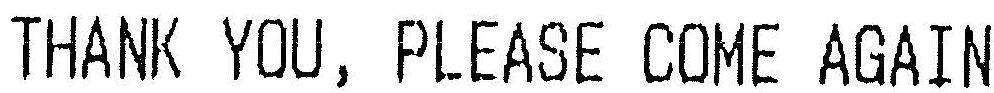
THANK YOU, PLEASE COME AGAIN